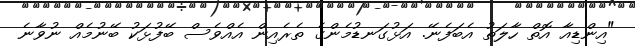
"އިންޑިއާ އޮތް ހާލަތު އެބަފެނޭ. އަޅުގަނޑުމެންގެ ތެރެއިން އެއްވެސް ބޭފުޅަކު ބޭނުމެއް ނުވާނެ